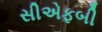
સીએફબી